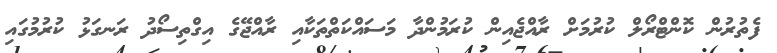
ފެތުރުން ކޮންޓްރޯލް ކުރުމަށް ރާއްޖެއިން ކުރަމުންދާ މަސައްކަތްތަކާއި ރާއްޖޭގެ އިގްތިސޯދު ރަނގަޅު ކުރުމުގައި